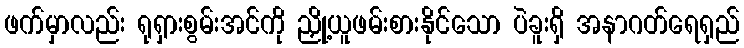
ဖက်မှာလည်း ရုရှားစွမ်းအင်ကို ညှို့ယူဖမ်းစားနိုင်သော ပဲခူးရှိ အနာဂတ်ရေရှည်